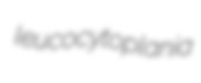
leucocytoplania